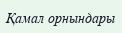
Қамал орнындары